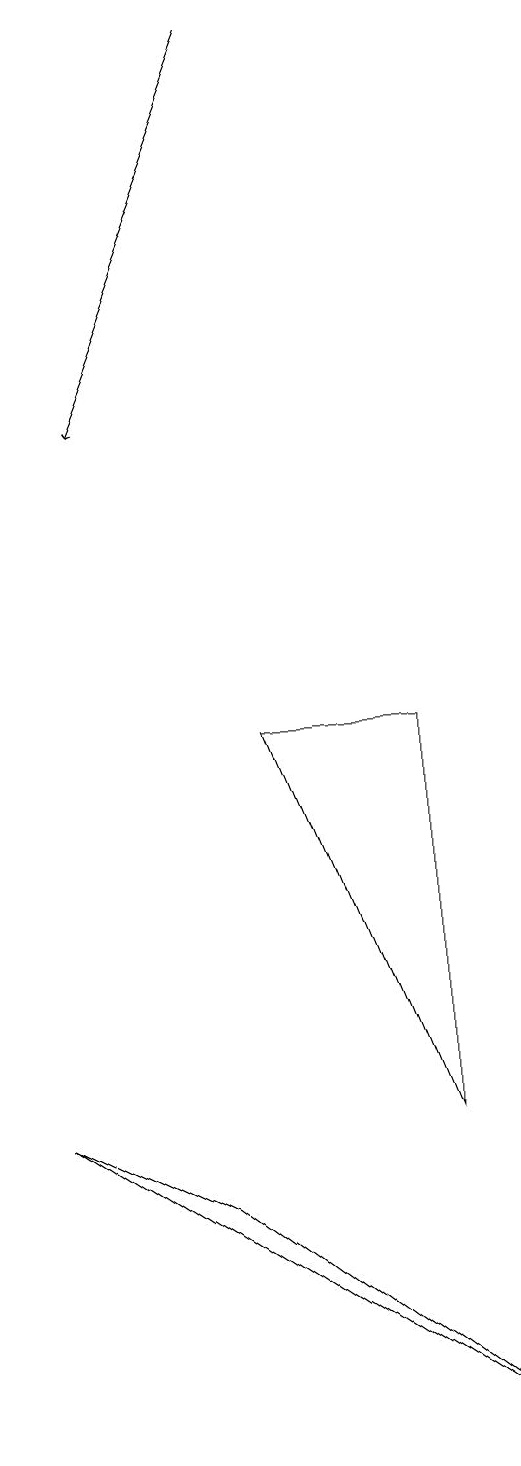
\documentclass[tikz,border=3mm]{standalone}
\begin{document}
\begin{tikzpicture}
\draw (9,0) -- (5,3) -- (3,4) -- cycle;
\draw[->] (6,18) -- (4,13);
\draw (8,9) -- (8,4) -- (6,9) -- cycle;
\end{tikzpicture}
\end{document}